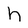
Character: h